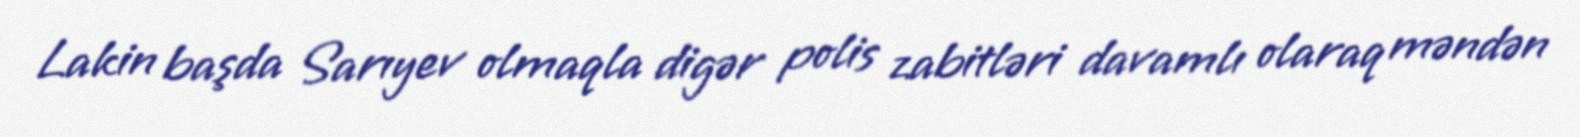
Lakin başda Sarıyev olmaqla digər polis zabitləri davamlı olaraq məndən